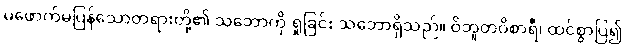
မဖောက်မပြန်သောတရားတို့၏ သဘောကို ရှုခြင်း သဘောရှိသည်။ ဝိဘူတဝိစာရီ၊ ထင်စွာပြ၍